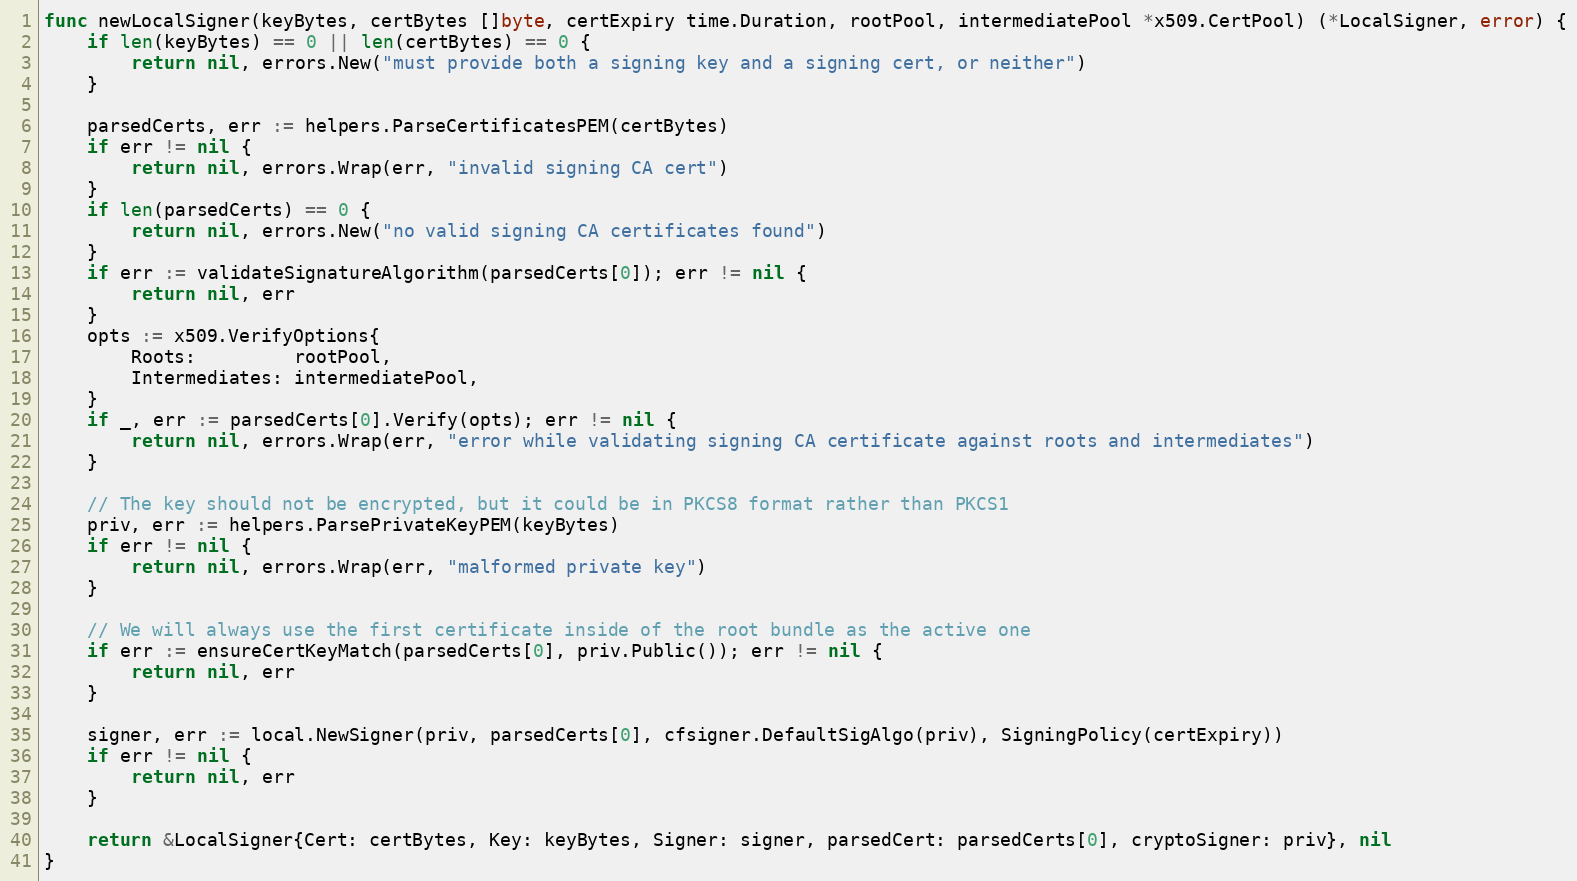
Language: Go
func newLocalSigner(keyBytes, certBytes []byte, certExpiry time.Duration, rootPool, intermediatePool *x509.CertPool) (*LocalSigner, error) {
	if len(keyBytes) == 0 || len(certBytes) == 0 {
		return nil, errors.New("must provide both a signing key and a signing cert, or neither")
	}

	parsedCerts, err := helpers.ParseCertificatesPEM(certBytes)
	if err != nil {
		return nil, errors.Wrap(err, "invalid signing CA cert")
	}
	if len(parsedCerts) == 0 {
		return nil, errors.New("no valid signing CA certificates found")
	}
	if err := validateSignatureAlgorithm(parsedCerts[0]); err != nil {
		return nil, err
	}
	opts := x509.VerifyOptions{
		Roots:         rootPool,
		Intermediates: intermediatePool,
	}
	if _, err := parsedCerts[0].Verify(opts); err != nil {
		return nil, errors.Wrap(err, "error while validating signing CA certificate against roots and intermediates")
	}

	// The key should not be encrypted, but it could be in PKCS8 format rather than PKCS1
	priv, err := helpers.ParsePrivateKeyPEM(keyBytes)
	if err != nil {
		return nil, errors.Wrap(err, "malformed private key")
	}

	// We will always use the first certificate inside of the root bundle as the active one
	if err := ensureCertKeyMatch(parsedCerts[0], priv.Public()); err != nil {
		return nil, err
	}

	signer, err := local.NewSigner(priv, parsedCerts[0], cfsigner.DefaultSigAlgo(priv), SigningPolicy(certExpiry))
	if err != nil {
		return nil, err
	}

	return &LocalSigner{Cert: certBytes, Key: keyBytes, Signer: signer, parsedCert: parsedCerts[0], cryptoSigner: priv}, nil
}